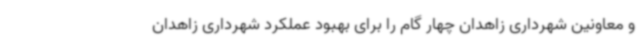
و معاونین شهرداری زاهدان چهار گام را برای بهبود عملکرد شهرداری زاهدان